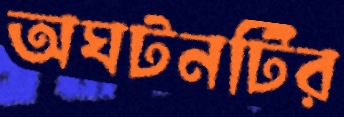
অঘটনটির